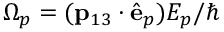
\Omega _ { p } = ( \mathbf { p } _ { 1 3 } \cdot { \hat { \mathbf { e } } } _ { p } ) { \cal E } _ { p } / \hbar